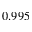
0 . 9 9 5